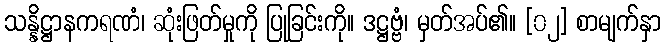
သန္နိဋ္ဌာနကရဏံ၊ ဆုံးဖြတ်မှုကို ပြုခြင်းကို။ ဒဋ္ဌဗ္ဗံ၊ မှတ်အပ်၏။ [၀၂] စာမျက်နှာ